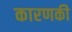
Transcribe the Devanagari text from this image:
कारणकी